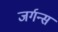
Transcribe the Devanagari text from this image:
जर्गन्स